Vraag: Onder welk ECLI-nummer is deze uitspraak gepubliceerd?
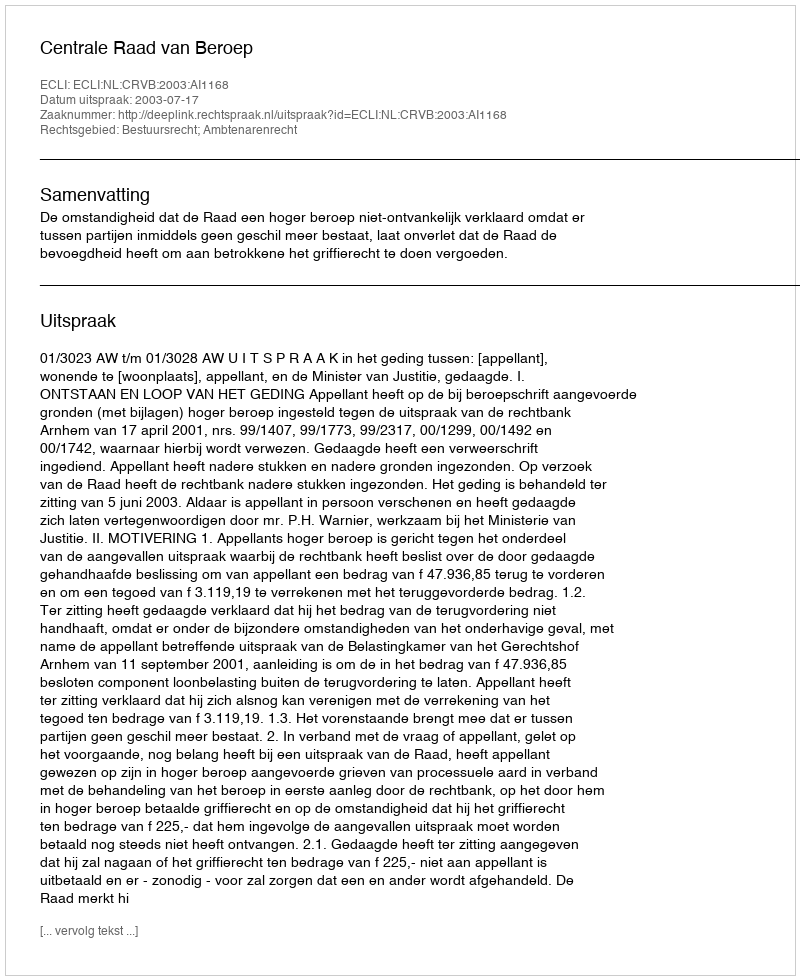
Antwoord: ECLI:NL:CRVB:2003:AI1168